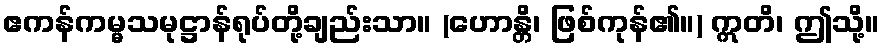
ဧကန်ကမ္မသမုဋ္ဌာန်ရုပ်တို့ချည်းသာ။ (ဟောန္တိ၊ ဖြစ်ကုန်၏။) ဣတိ၊ ဤသို့။